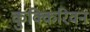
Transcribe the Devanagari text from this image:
कुक्किरिवन